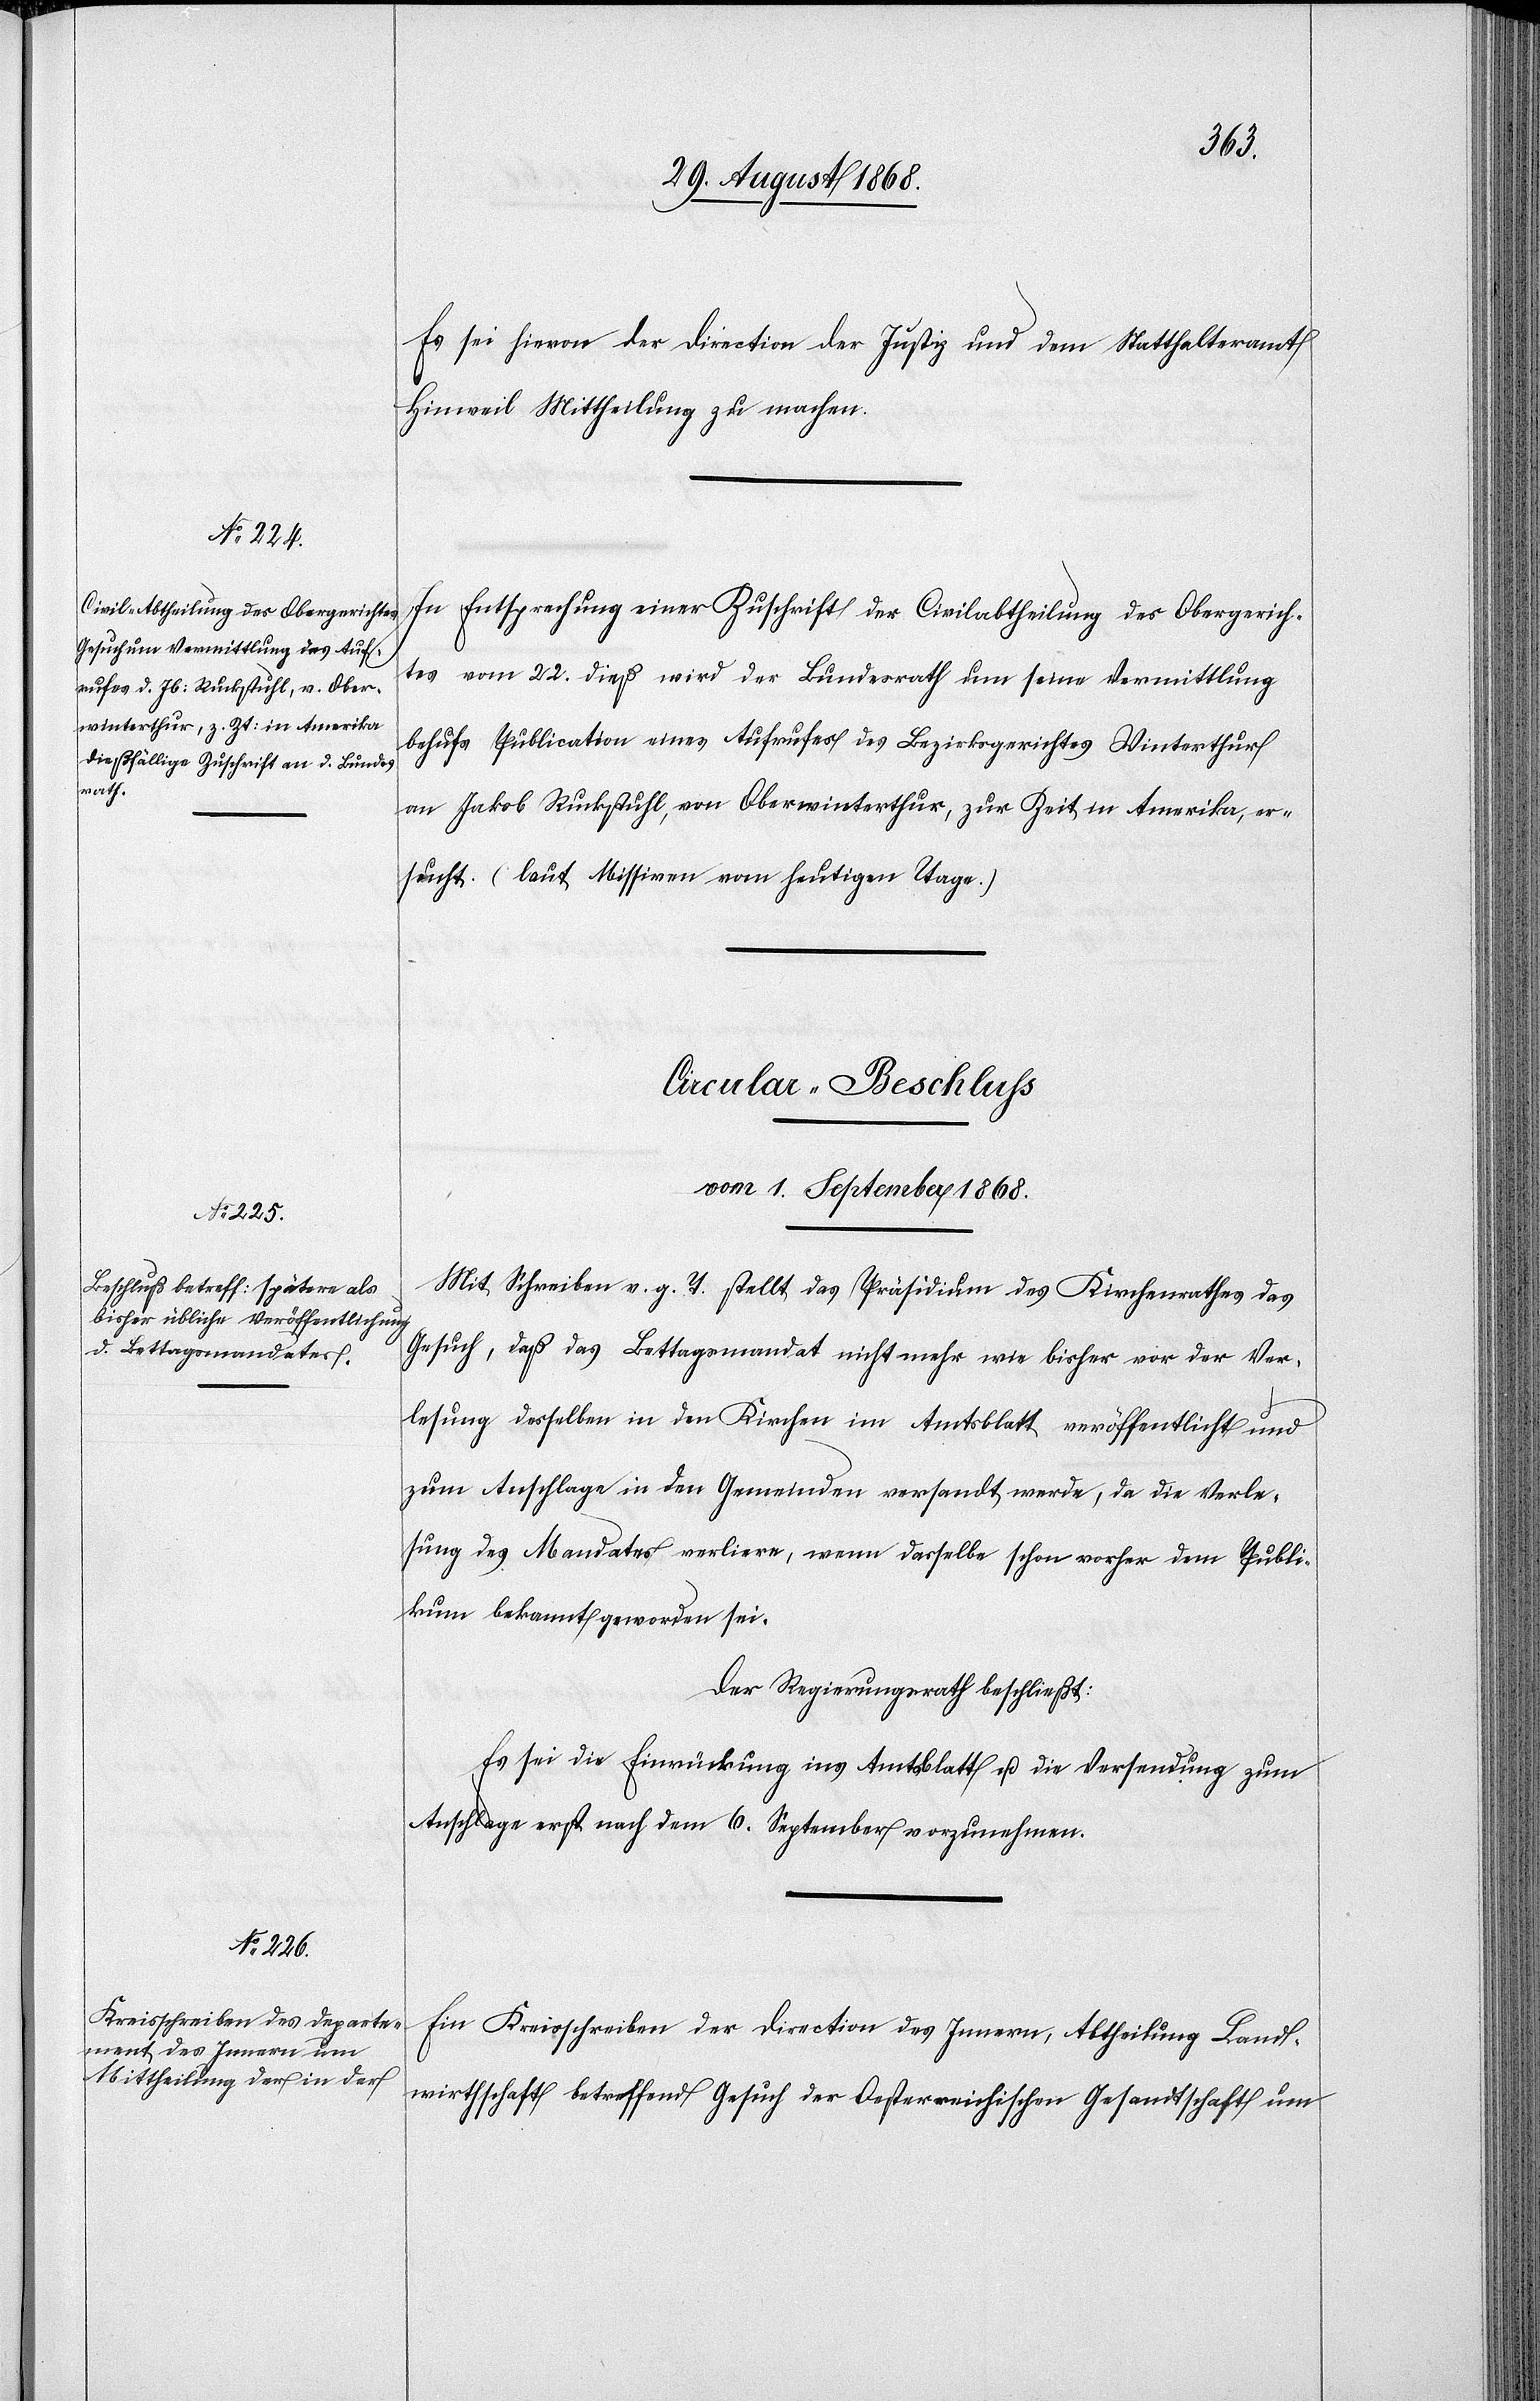
Es sei hievon der Direction der Justiz und dem Statthalteramt
Hinweil Mittheilung zu machen.
In Entsprechung einer Zuschrift der Civilabtheilung des Obergerich¬
tes vom 22. dieß wird der Bundesrath um seine Vermittlung
behufs Publication eines Aufrufes des Bezirksgerichtes Winterthur
an Jakob Ruckstuhl, von Oberwinterthur, zur Zeit in Amerika, er¬
sucht. (laut Missiven vom heutigen Tage.)
Circular-Beschluss
vom 1. September 1868.]
Mit Schreiben v. g. T. stellt das Präsidium des Kirchenrathes das
Gesuch, daß das Bettagsmandat nicht mehr wie bisher vor der Ver¬
lesung desselben in den Kirchen im Amtsblatt veröffentlicht und
zum Anschlage in den Gemeinden versandt werde, da die Verle¬
sung des Mandates verliere, wenn dasselbe schon vorher dem Publi¬
kum bekannt geworden sei.
Der Regierungsrath beschließt:
Es sei die Einrückung ins Amtsblatt u. die Versendung zum
Anschlage erst nach dem 6. September vorzunehmen.
Ein Kreisschreiben der Direction des Innern, Abtheilung Land¬
wirthschaft betreffend Gesuch der Oesterreichischen Gesandtschaft um